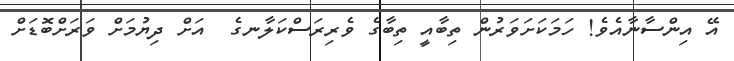
އޭ އިންސާނާއެވެ! ހަމަކަށަވަރުން ތިބާއީ ތިބާގެ ވެރިރަސްކަލާނގެ  އަށް ދިޔުމަށް ވަރަށްބޮޑަށް